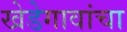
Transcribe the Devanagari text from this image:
खेडेगावांचा